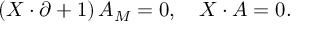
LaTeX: \left( X \cdot \partial + 1 \right) A _ { M } = 0 , \quad X \cdot A = 0 .